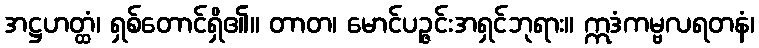
အဋ္ဌဟတ္ထံ၊ ရှစ်တောင်ရှိ၏။ တာတ၊ မောင်ပဉ္ဇင်းအရှင်ဘုရား။ ဣဒံကမ္ဗလရတနံ၊